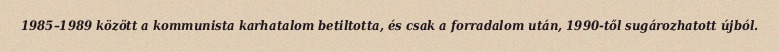
1985–1989 között a kommunista karhatalom betiltotta, és csak a forradalom után, 1990-től sugározhatott újból.